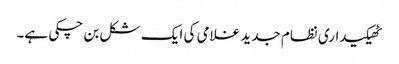
ٹھیکیداری نظام جدید غلامی کی ایک شکل بن چکی ہے۔